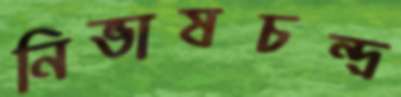
নিভাষচন্দ্র